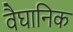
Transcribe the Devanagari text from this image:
वैघानिक